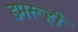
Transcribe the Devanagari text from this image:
डमरूही